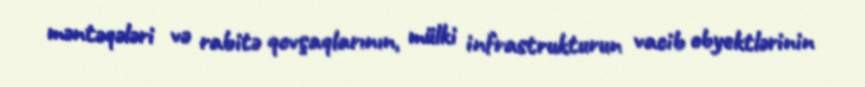
məntəqələri və rabitə qovşaqlarının, mülki infrastrukturun vacib obyektlərinin